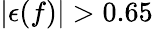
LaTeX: |\epsilon(f)|>0.65